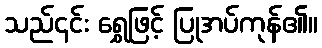
သည်၎င်း ရွှေဖြင့် ပြုအပ်ကုန်၏။